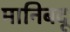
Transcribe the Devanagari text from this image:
मानिबदू